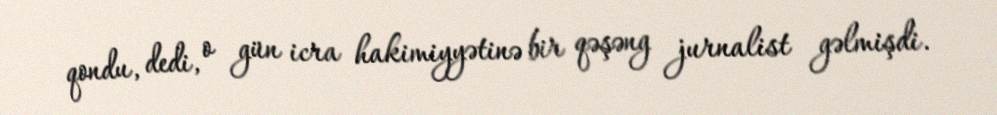
qondu, dedi, o gün icra hakimiyyətinə bir qəşəng jurnalist gəlmişdi.